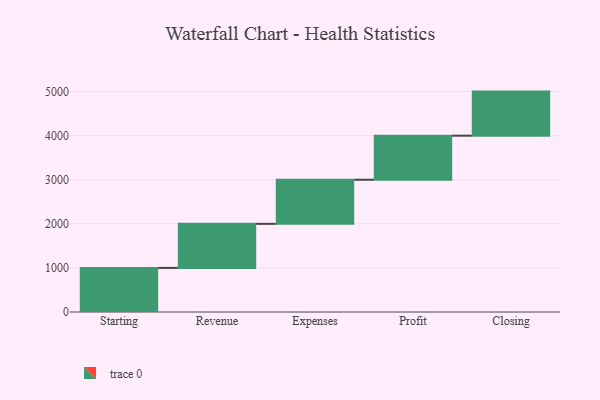
{"axis": {"x": "Step", "y": "Value"}, "legend": [""], "data": [{"x": "Starting", "y": 1000, "type": ""}, {"x": "Revenue", "y": 1000, "type": ""}, {"x": "Expenses", "y": 1000, "type": ""}, {"x": "Profit", "y": 1000, "type": ""}, {"x": "Closing", "y": 1000, "type": ""}]}